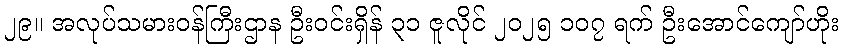
၂၉။ အလုပ်သမားဝန်ကြီးဌာန ဦးဝင်းရှိန် ၃၁ ဇူလိုင် ၂၀၂၅ ၁၀၇ ရက် ဦးအောင်ကျော်ဟိုး